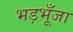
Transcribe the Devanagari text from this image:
भड़भूँजा